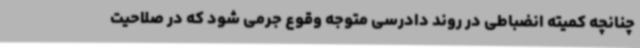
چنانچه کمیته انضباطی در روند دادرسی متوجه وقوع جرمی شود که در صلاحیت